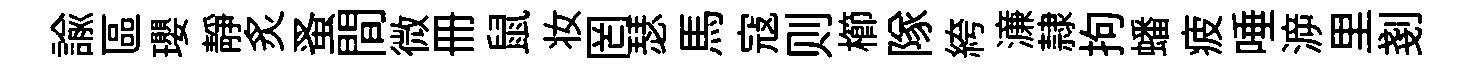
諭區瓔静炙蚤間微册鼠妆罔瑟馬寇则櫛隊絝濓隷拘蟠疲唾㴑里剗